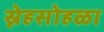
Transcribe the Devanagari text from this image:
स्नेहसोहळा